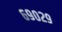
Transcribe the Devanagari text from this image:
६९०२९